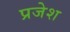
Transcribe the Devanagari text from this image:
प्रजेश